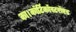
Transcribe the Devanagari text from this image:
का।कॉर्टिकॉस्टरॉएड